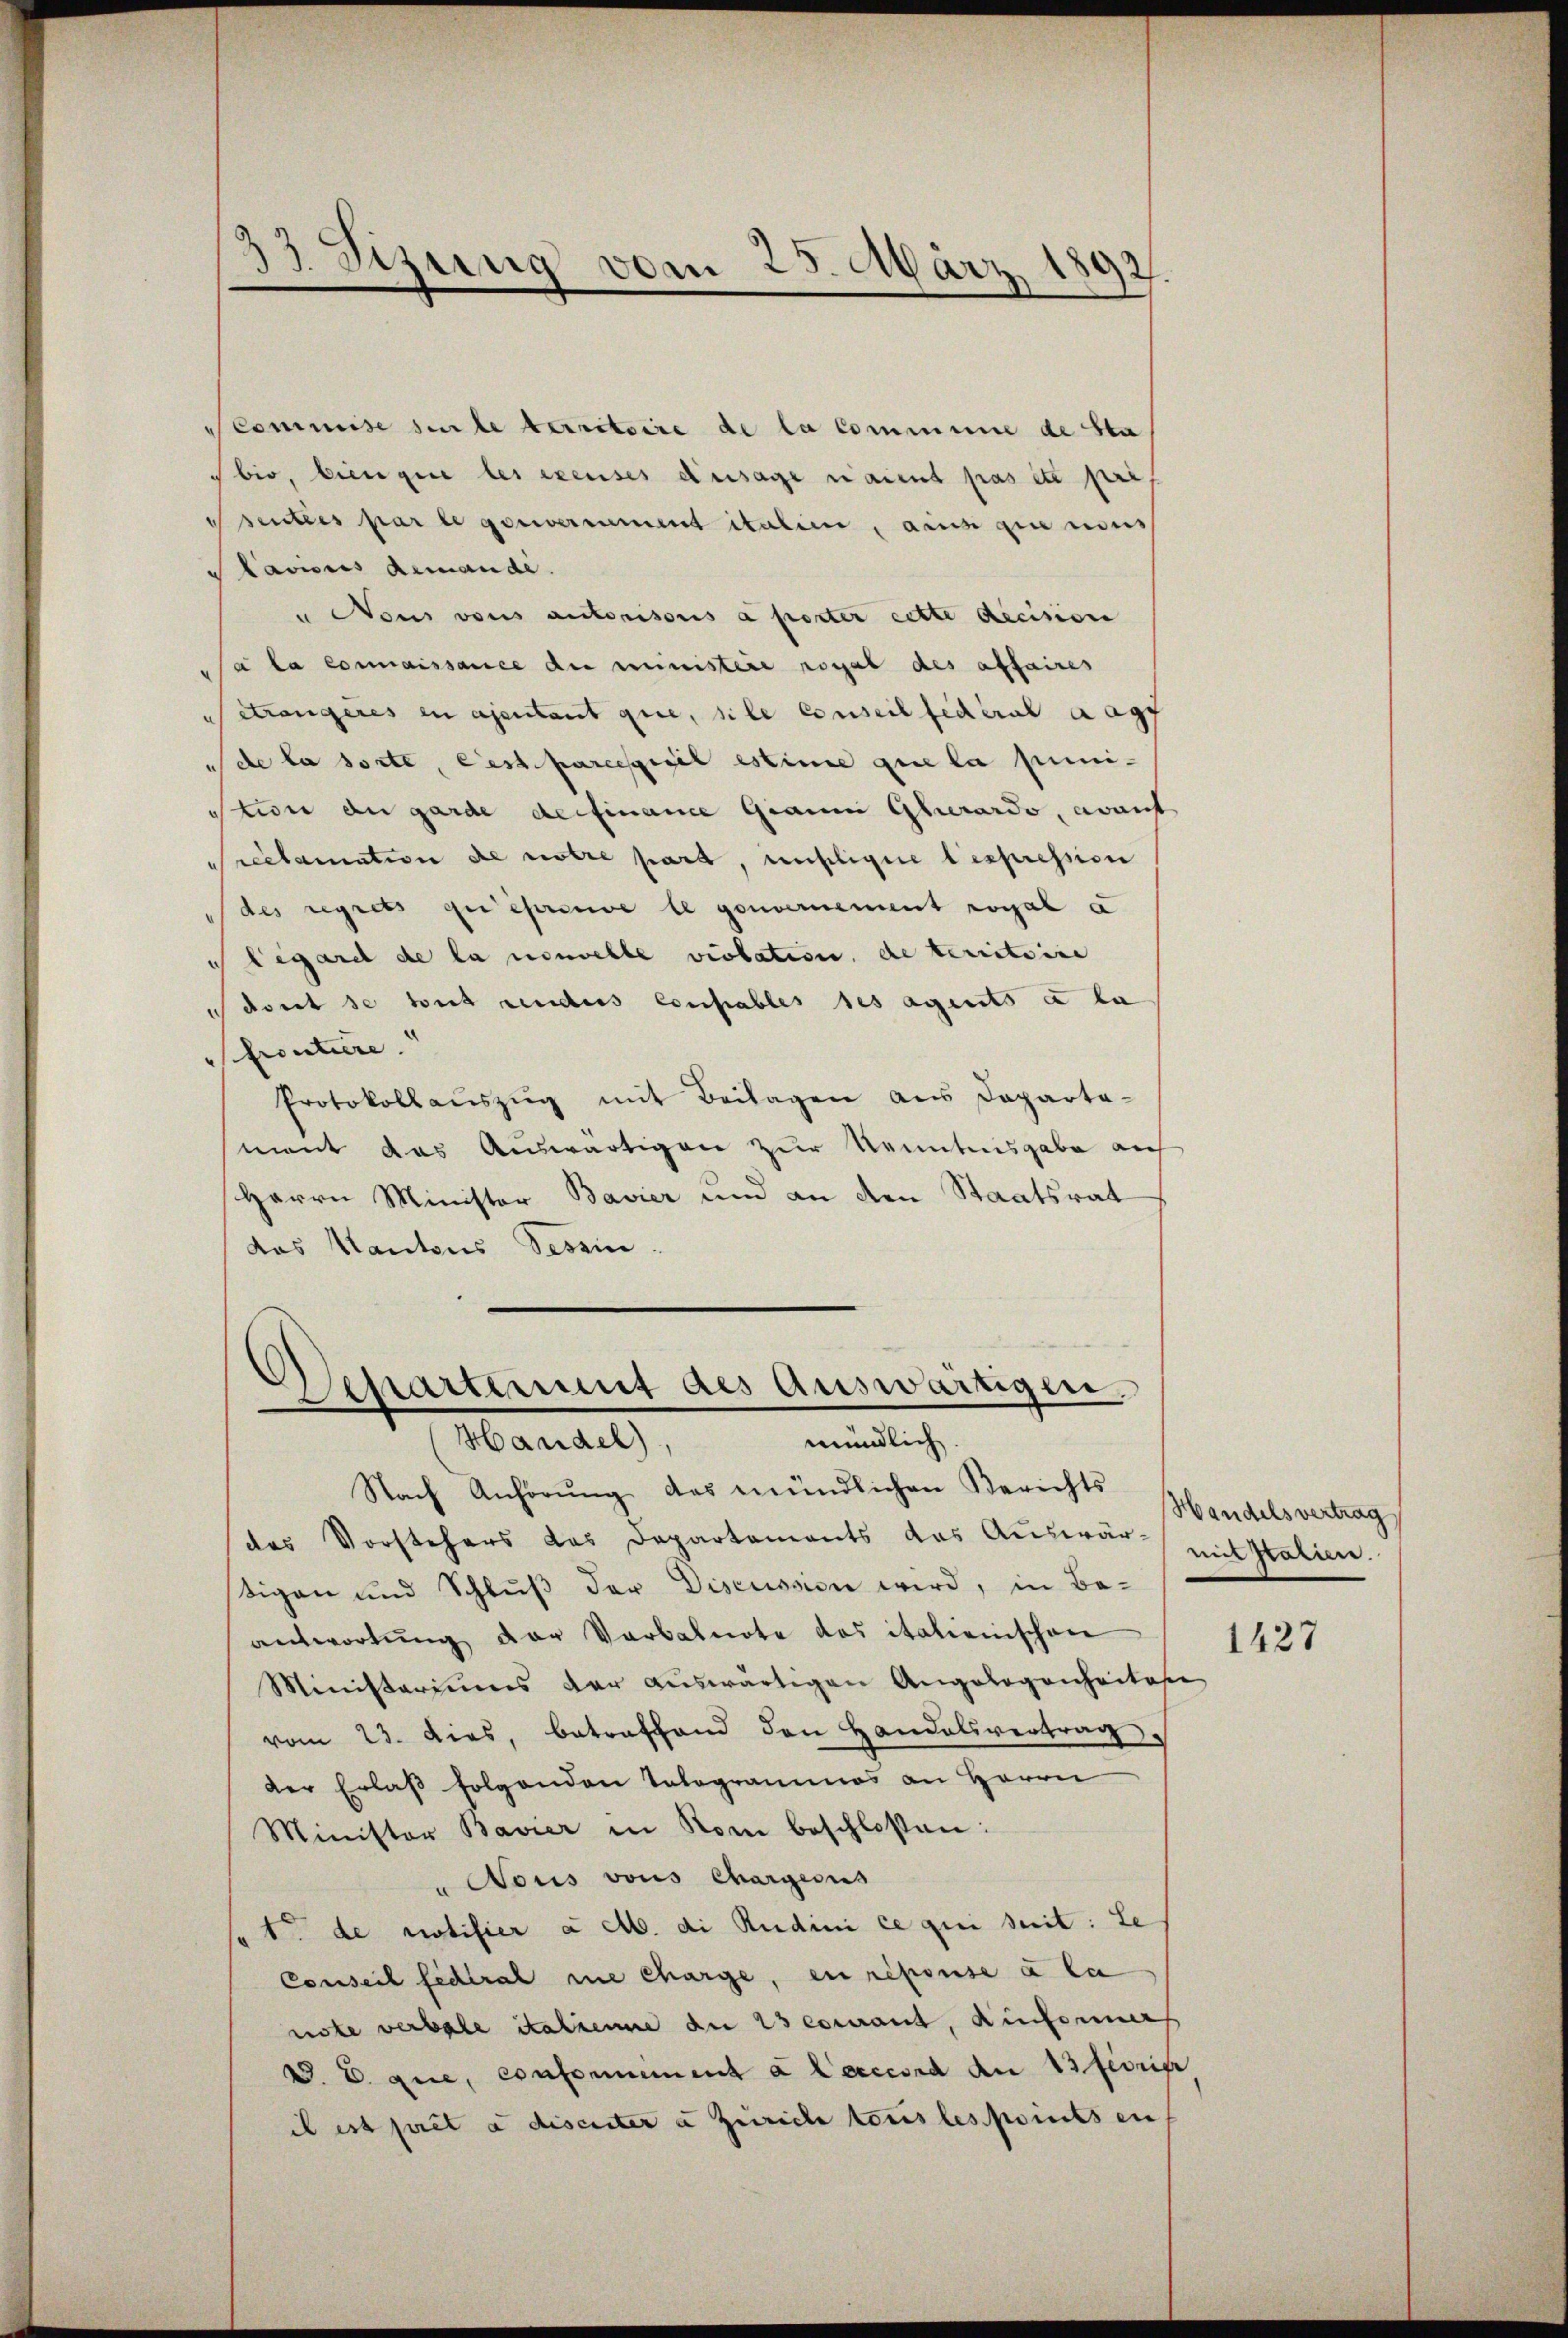
33. Sizung vom 25. März 1892.
e

Scommise si le territoire de la commune de Sta
 bio, biengere les excuses dersage nament pas et pre
Prentes par le genomment italien, aine zinendes
 Lavions demande.
Nous vons autorisoris a porter cette decision
a la connaissance die ministere royal des affaires
etrangeres in ajentant que, sile Conseil fédéral dage
de la sorte, est parerseil estime que la punistwie die garde definance Graum Girardo, avant
Sreclamation de notre part, unhlige bespression
des regrets qui éprouve le gouvernement royal a
legaret de la nouvelle violation de territoire
u dort de tout anders consables des agents à la
Eroutiere.
Protokollaŭszŭg mit Beilagen aus Departe-
ment das Auswärtigen zur Kenntnisgabe auf
Herrn Minister Bavier und an den Staatsrat
das Kantons Tessin.
Departement des auswärtigen.

mündlich
Handel),
Nach Anhörŭng des mündlichen Berichts

des Vorstehers das Departements das Auswar mit Italien.
tigen und Schlŭβ der Discussion wird, in Be-
antwortŭng der Verbalnote das italienischen
Ministeriums der auswärtigen Angelegenheitese
vom 23. dies, betrafhand den Handelsvertrag
der Erlaβ folgenden Tologrammos an Herrn
Ministor Bavier in Rom beschloßen:
" Nous vons Chargess
" 1. de notifier a M. di Rudini ce qui seit: Le
Conseil fédéral nie charge, en repouse à la
note verbale italienne an es comant, hinformer
A. E. que, conformement à lecccord an 13 febrige
il est priet a discuter a Zürich tous les points en

Handelsvertrag
1427